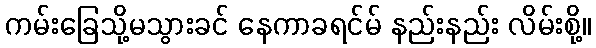
ကမ်းခြေသို့မသွားခင် နေကာခရင်မ် နည်းနည်း လိမ်းစို့။